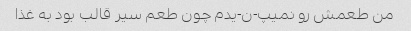
من طعمش رو نمیپ-ن-یدم چون طعم سیر قالب بود به غذا